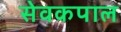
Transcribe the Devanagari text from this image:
सेवकपाल